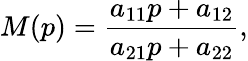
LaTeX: M(p)=\frac{a_{11}p+a_{12}}{a_{21}p+a_{22}},